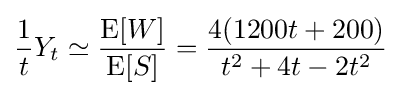
{\frac {1}{t}}Y_{t}\simeq {\frac {\operatorname {E} [W]}{\operatorname {E} [S]}}={\frac {4(1200t+200)}{t^{2}+4t-2t^{2}}}